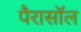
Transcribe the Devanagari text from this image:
पैरासॉल